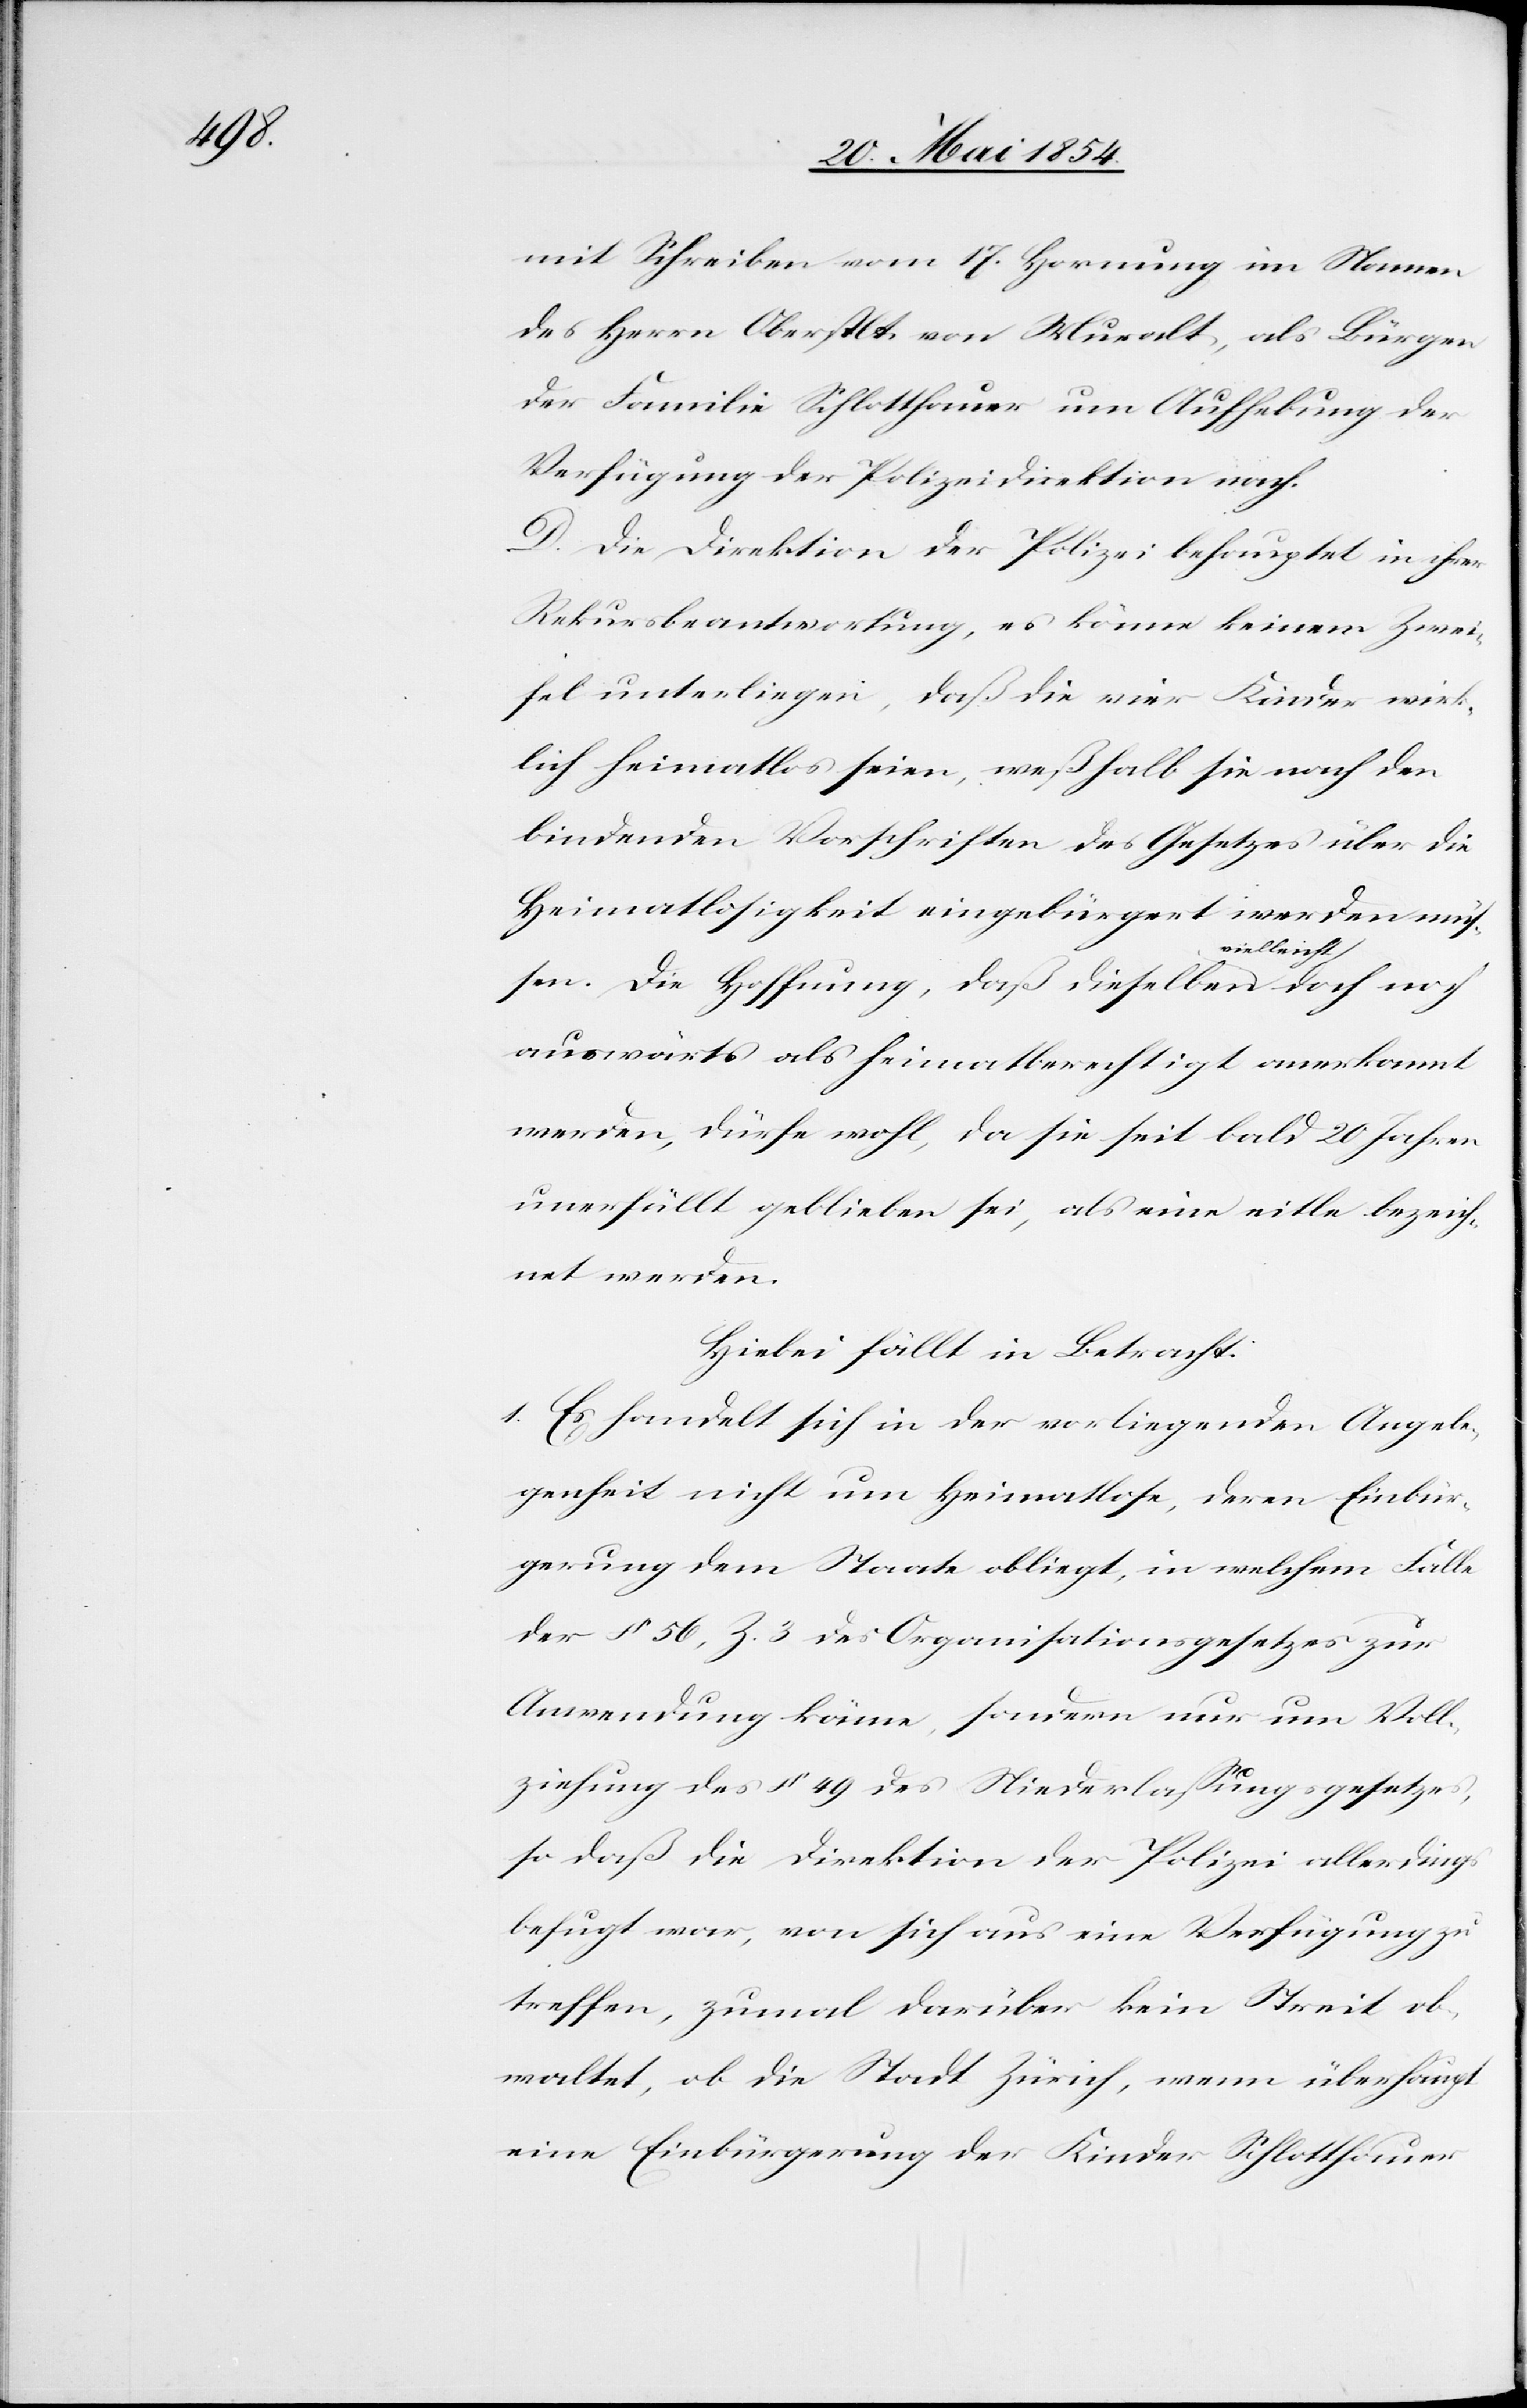
mit Schreiben vom 17. Hornung im Namen
des Herrn Oberstlt. von Muralt, als Bürge
der Familie Schlotthauer um Aufhebung der
Verfügung der Polizeidirektion nach.
D. Die Direktion der Polizei behauptet in ihrer
Rekursbeantwortung, es könne keinem Zwei¬
fel unterliegen, daß die vier Kinder wirk¬
lich heimatlos seien, weßhalb sie nach den
bindenden Vorschriften des Gesetzes über die
Heimatlosigkeit eingebürgert werden mü¬
ielleicht-a
ßen. Die Hoffnung, daß dieselben a-v¬
auswärts als heimatberechtigt anerkannt
werden, dürfe wohl, da sie seit bald 20 Jahren
unerfüllt geblieben sei, als eine eitle bezeich¬
net werden.
Hiebei fällt in Betracht:
1. Es handelt sich in der vorliegenden Angele¬
genheit nicht um Heimatlose, deren Einbür¬
gerung dem Staate obliegt, in welchem Falle
der § 56, Z. 3 des Organisationsgesetzes zur
Anwendung käme, sondern nur um Voll¬
ziehung des § 49 des Niederlaßungsgesetzes,
so daß die Direktion der Polizei allerdings
befugt war, von sich aus eine Verfügung zu
treffen, zumal darüber kein Streit ob¬
waltet, ob die Stadt Zürich, wenn überhaupt
eine Einbürgerung der Kinder Schlotthauer